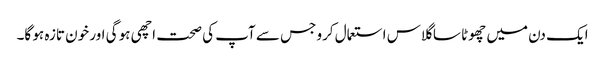
ایک دن میں چھوٹا سا گلاس استعمال کرو جس سے آپ کی صحت اچھی ہو گی اور خون تازہ ہو گا۔